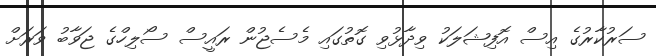
ސަރުކާރުގެ އިސް އޮފިޝަލަކު ވިދާޅުވި ގޮތުގައި މެސެޖުން ރައީސް ސޯލިހްގެ ޖަވާބު ވަރަށް